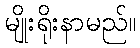
မျိုးရိုးနာမည်။